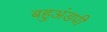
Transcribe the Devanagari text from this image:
बहुअंडपी